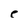
Character: e